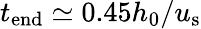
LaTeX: t_{\mathrm{end}}\simeq 0.45h_{0}/u_{\mathrm{s}}